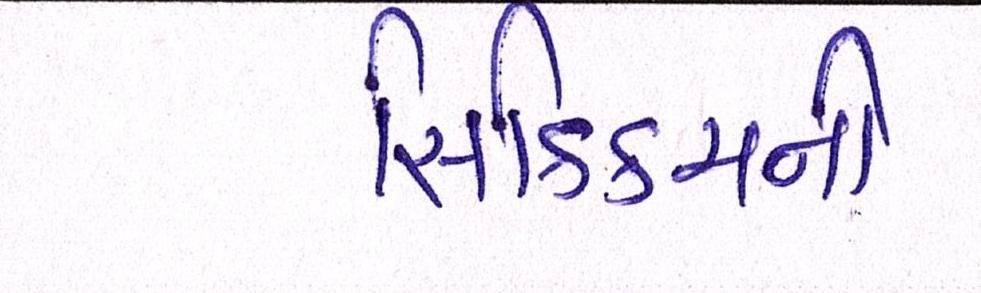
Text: સિક્કિમની